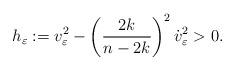
LaTeX: \begin{align*} h_\varepsilon:=v_\varepsilon^2-\left(\frac{2k}{n-2k}\right)^2\dot v_\varepsilon^2>0.\end{align*}